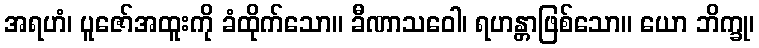
အရဟံ၊ ပူဇော်အထူးကို ခံထိုက်သော။ ခီဏာသဝေါ၊ ရဟန္တာဖြစ်သော။ ယော ဘိက္ခု၊